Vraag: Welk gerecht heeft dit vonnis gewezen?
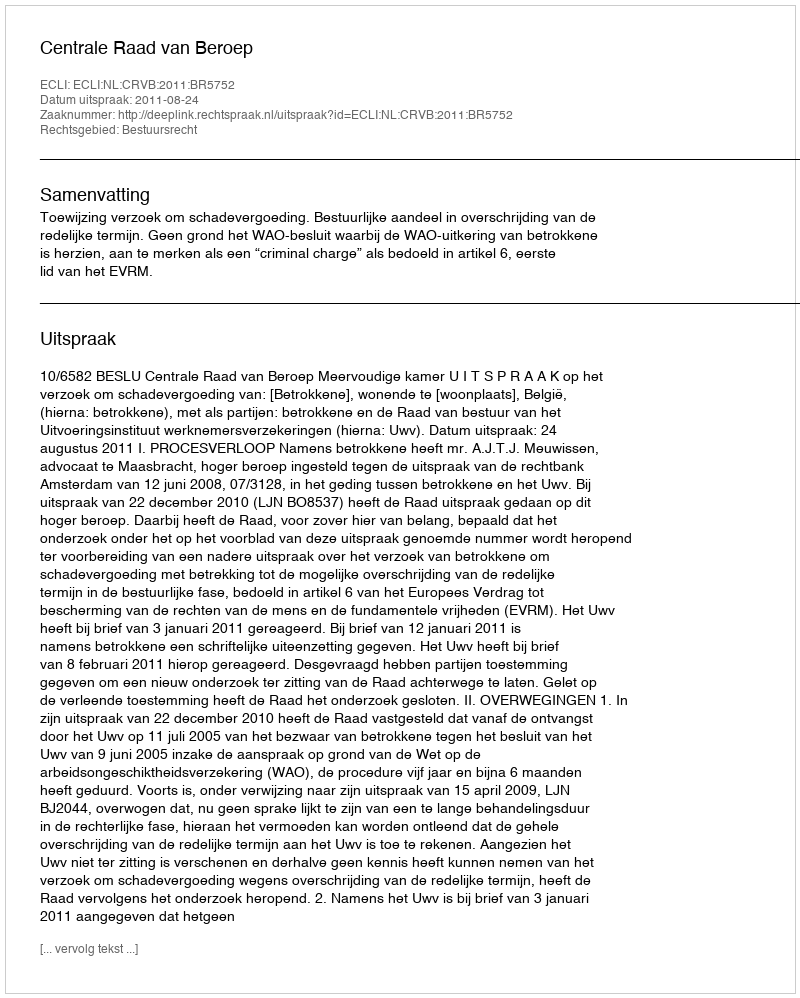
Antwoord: Centrale Raad van Beroep